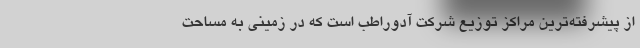
از پیشرفته‌ترین مراکز توزیع شرکت آدوراطب است که در زمینی به مساحت